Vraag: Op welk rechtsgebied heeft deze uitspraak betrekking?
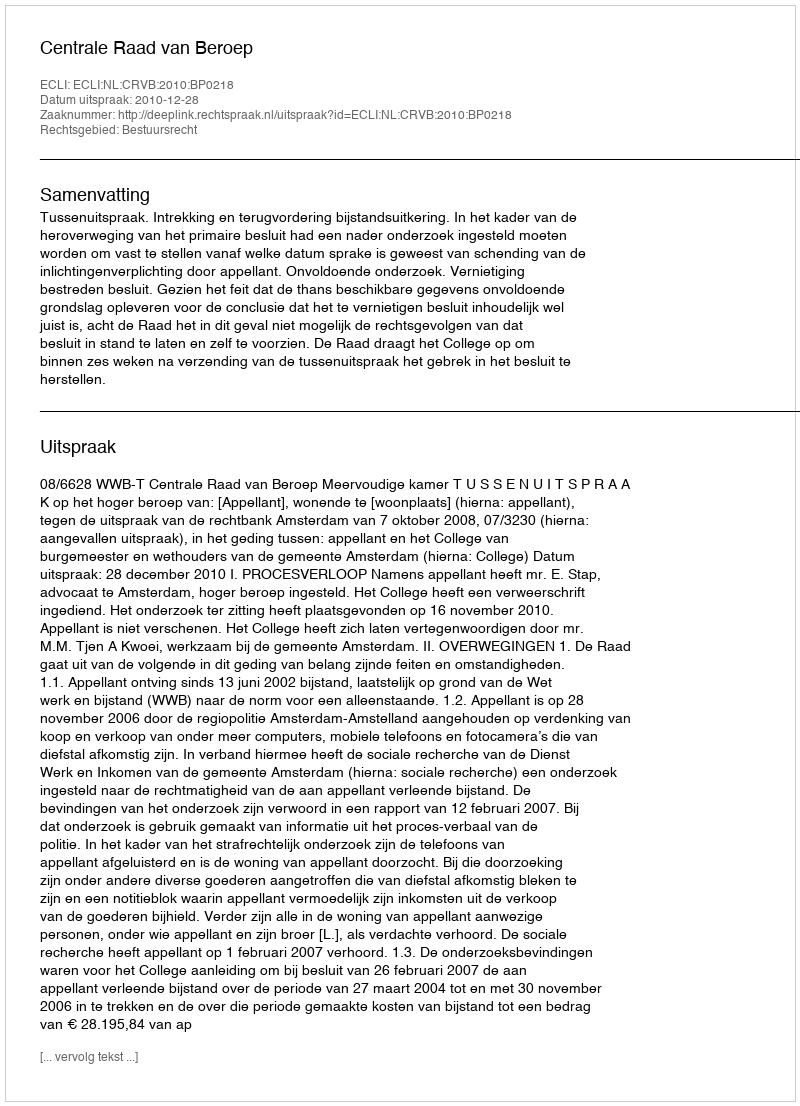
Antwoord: Bestuursrecht